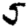
Digit: 5